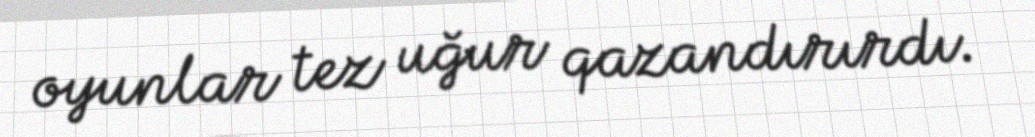
oyunlar tez uğur qazandırırdı.